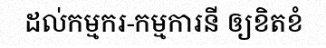
ដល់កម្មករ-កម្មការនី ឲ្យខិតខំ